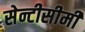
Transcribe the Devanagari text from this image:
सेन्टीसीमी